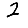
Digit: 2